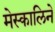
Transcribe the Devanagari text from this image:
मेस्कालिने